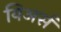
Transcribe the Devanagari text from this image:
यिअर्स